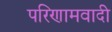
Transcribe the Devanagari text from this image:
परिणामवादी